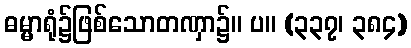
ဓမ္မာရုံ၌ဖြစ်သောတဏှာ၌။ ပ။ (၃၃၇၊ ၃၈၄)